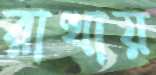
রাখায়